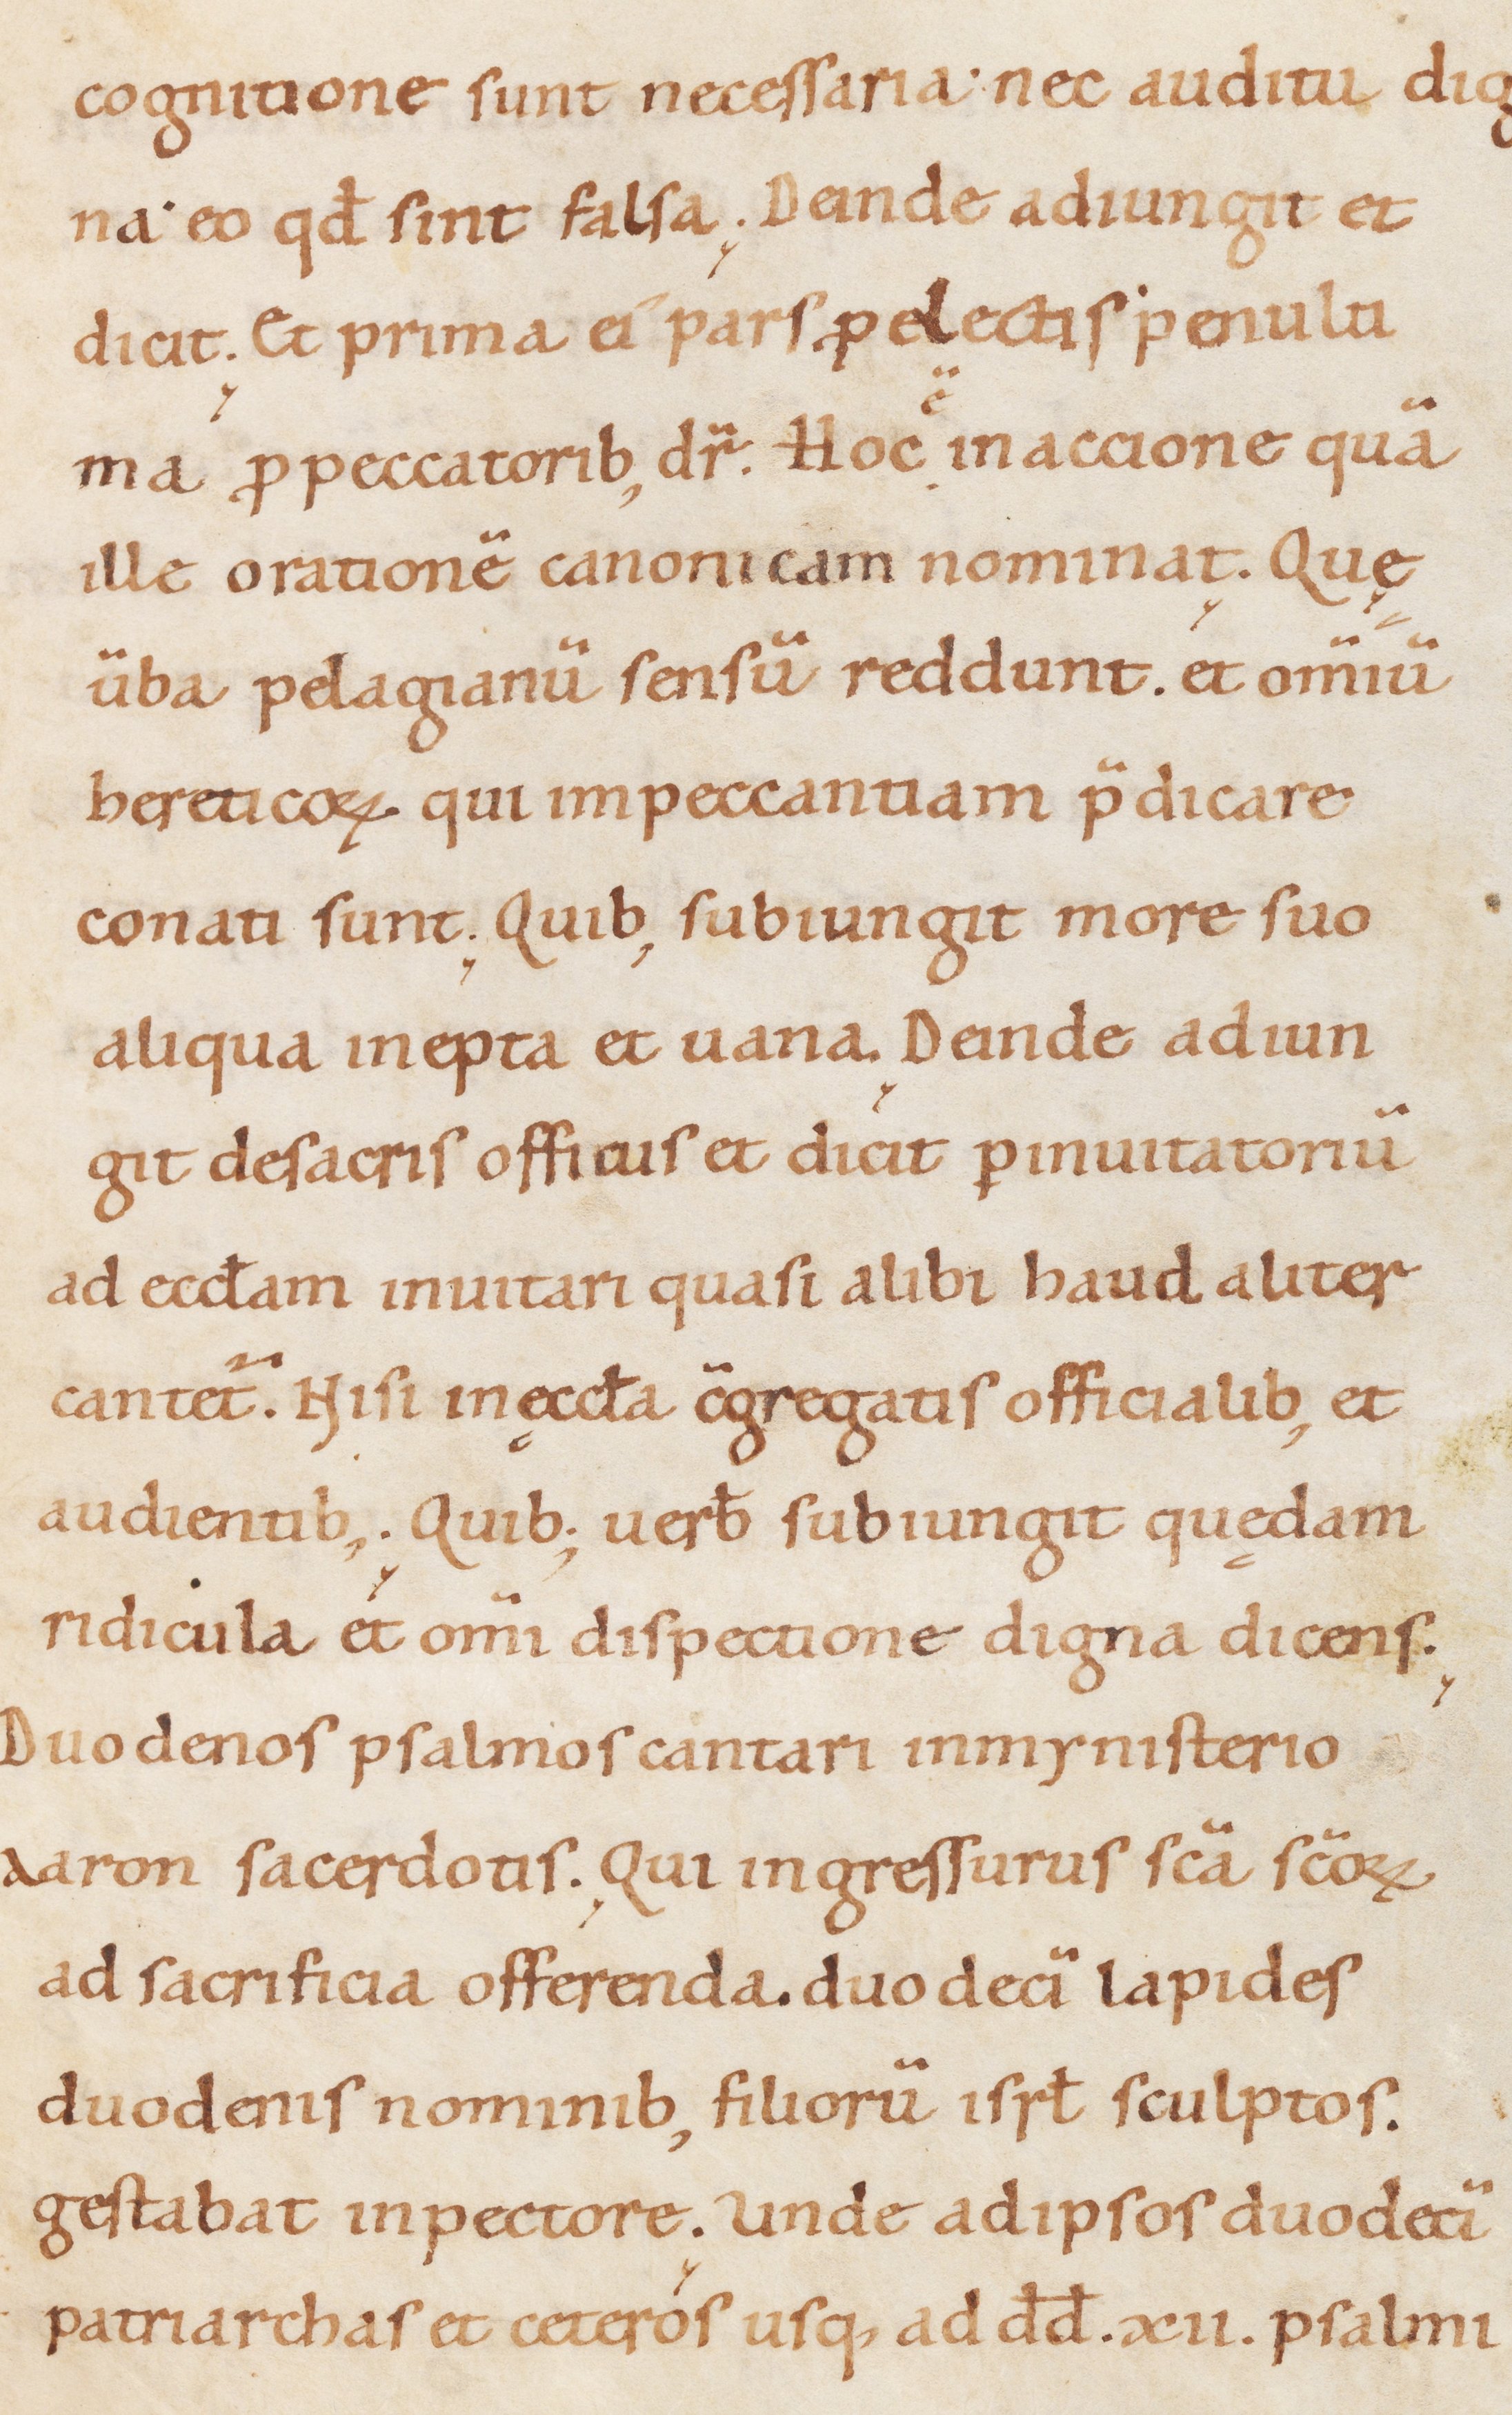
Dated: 1000–1099